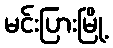
မင်းပြားမြို့